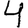
Digit: 4